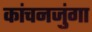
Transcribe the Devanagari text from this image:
कांचनजुंगा